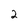
Character: 2